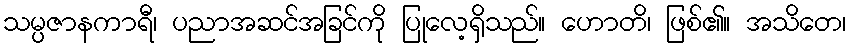
သမ္ပဇာနကာရီ၊ ပညာအဆင်အခြင်ကို ပြုလေ့ရှိသည်။ ဟောတိ၊ ဖြစ်၏။ အသိတေ၊